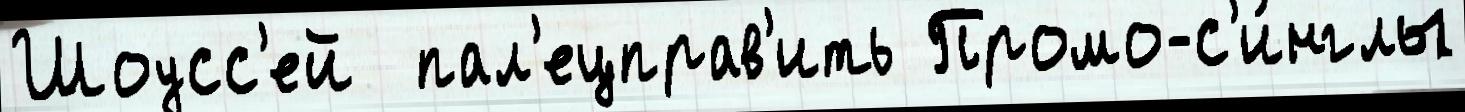
Шоусс'ей  пал'ецправ'ить Промо-с'и́нглы